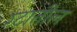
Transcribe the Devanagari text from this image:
ग्टातील